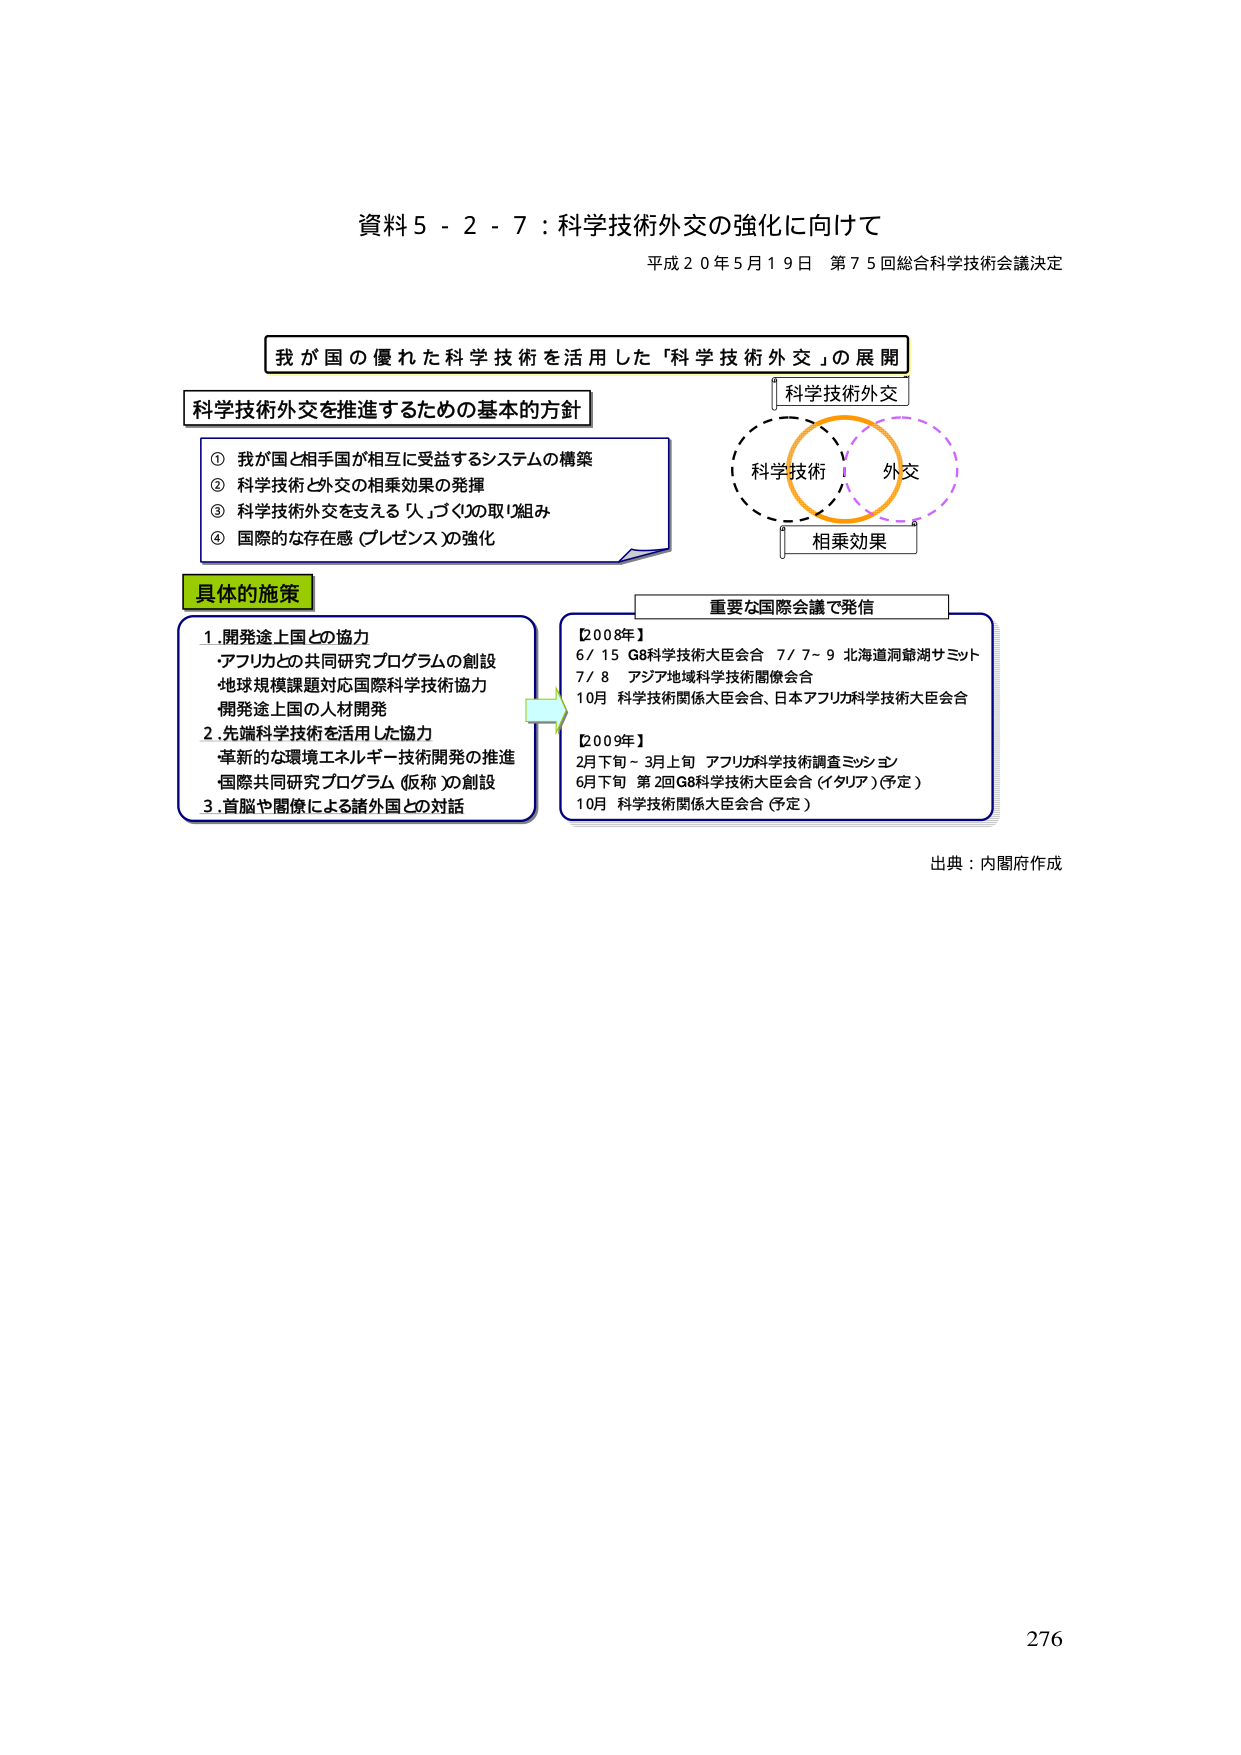
資料５－２－７：科学技術外交の強化に向けて
平成２０年５月１９日 第７５回総合科学技術会議決定

我が国の優れた科学技術を活用した「科学技術外交」の展開

科学技術外交を推進するための基本的方針
① 我が国と相手国が相互に受益するシステムの構築
② 科学技術と外交の相乗効果の発揮
③ 科学技術外交を支える「人」づくりの取り組み
④ 国際的な存在感（プレゼンス）の強化

具体的施策
１．開発途上国との協力
・アフリカとの共同研究プログラムの創設
・地球規模課題対応国際科学技術協力
・開発途上国の人材開発
２．先端科学技術を活用した協力
・革新的な環境エネルギー技術開発の推進
・国際共同研究プログラム（仮称）の創設
３．首脳や閣僚による諸外国との対話

重要な国際会議で発信
【2008年】
6/15 G8科学技術大臣会合 7/7～9 北海道洞爺湖サミット
7/8 アジア地域科学技術閣僚会合
10月 科学技術関係大臣会合、日本アフリカ科学技術大臣会合

【2009年】
2月下旬～3月上旬 アフリカ科学技術調査ミッション
6月下旬 第2回G8科学技術大臣会合（イタリア）（予定）
10月 科学技術関係大臣会合（予定）

科学技術外交
科学技術
外交
相乗効果

出典：内閣府作成

276